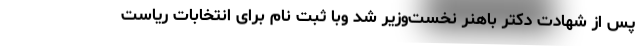
پس از شهادت دکتر باهنر نخست‌وزیر شد وبا ثبت نام برای انتخابات ریاست